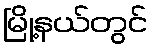
မြို့နယ်တွင်